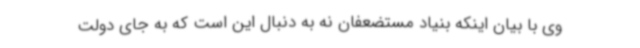
وی با بیان اینکه بنیاد مستضعفان نه به دنبال این است که به جای دولت